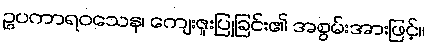
ဥပကာရဝသေန၊ ကျေးဇူးပြုခြင်း၏ အစွမ်းအားဖြင့်။